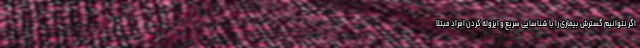
اگر نتوانیم گسترش بیماری را با شناسایی سریع و ایزوله کردن افراد مبتلا